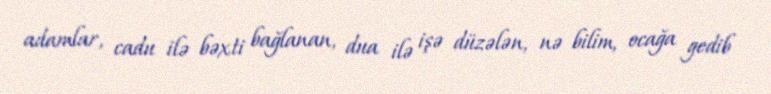
adamlar, cadu ilə bəxti bağlanan, dua ilə işə düzələn, nə bilim, ocağa gedib